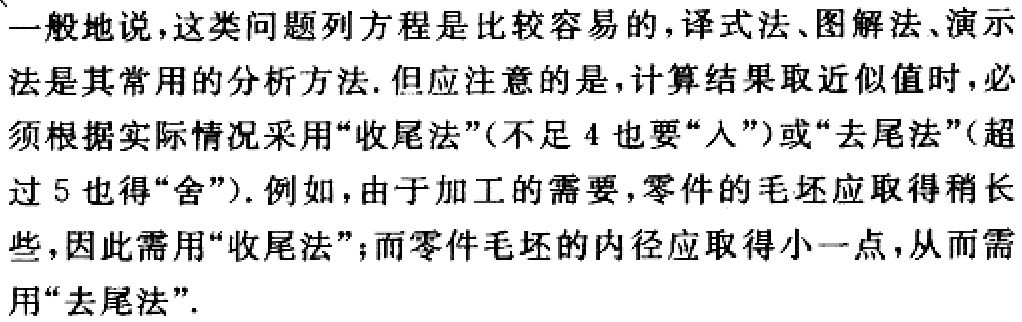
一般地说，这类问题列方程是比较容易的，译式法、图解法、演示法是其常用的分析方法. 但应注意的是，计算结果取近似值时，必须根据实际情况采用“收尾法”(不足 4 也要“入”)或“去尾法”(超过 5 也得“舍”). 例如，由于加工的需要，零件的毛坯应取得稍长些，因此需用“收尾法”；而零件毛坯的内径应取得小一点，从而需用“去尾法”.